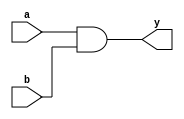
//write a testbench to test each

module ANDgate (a, b, y);
	input [7:0] a, b;
	output [7:0] y;

	assign y = a & b;

endmodule
/////////////////////////////////////////////////////////////////////

module ORgate (a, b, y);
	input [7:0] a, b;
	output [7:0] y;
	
	assign y = a | b;
endmodule

//////////////////////////////////////////////////////////////////////

module NOTgate (a, y);
	input[7:0] a;
	output [7:0] y;
	
	assign y = ~a;
endmodule

//////////////////////////////////////////////////////////////////////

module XORgate (a, b, y);
	input [7:0] a, b;
	output [7:0] y;
	
	assign y = a ^ b;
endmodule